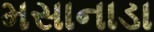
મસાનાડા